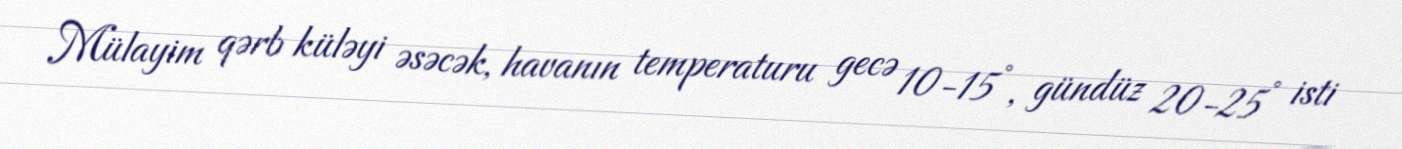
Mülayim qərb küləyi əsəcək, havanın temperaturu gecə 10-15°, gündüz 20-25° isti